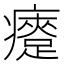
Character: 㿓